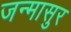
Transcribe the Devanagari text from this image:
जन्मासुर